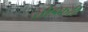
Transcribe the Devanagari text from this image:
तोडकरी